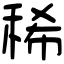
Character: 稀